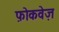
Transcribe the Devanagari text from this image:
फ़ोकवेज़